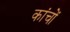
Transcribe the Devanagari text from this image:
कांचों